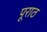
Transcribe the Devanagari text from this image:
पूराठ